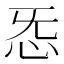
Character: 㤅